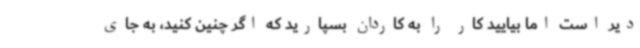
دیر است اما بیایید کار را به کاردان بسپارید که اگر چنین کنید، به جای